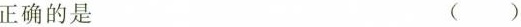
正确的是 ()